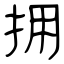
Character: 拥